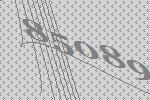
85089